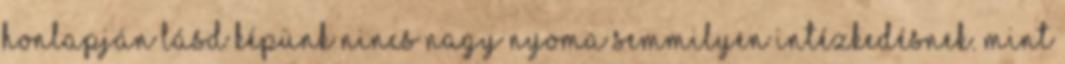
honlapján lásd képünk nincs nagy nyoma semmilyen intézkedésnek. Mint